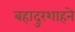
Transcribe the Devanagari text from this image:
बहादुरशाहने